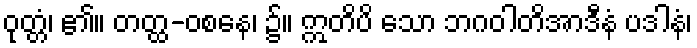
ဝုတ္တံ၊ ၏။ တတ္ထ-ဝစနေ၊ ၌။ ဣတိပိ သော ဘဂဝါတိအာဒီနံ ပဒါနံ၊